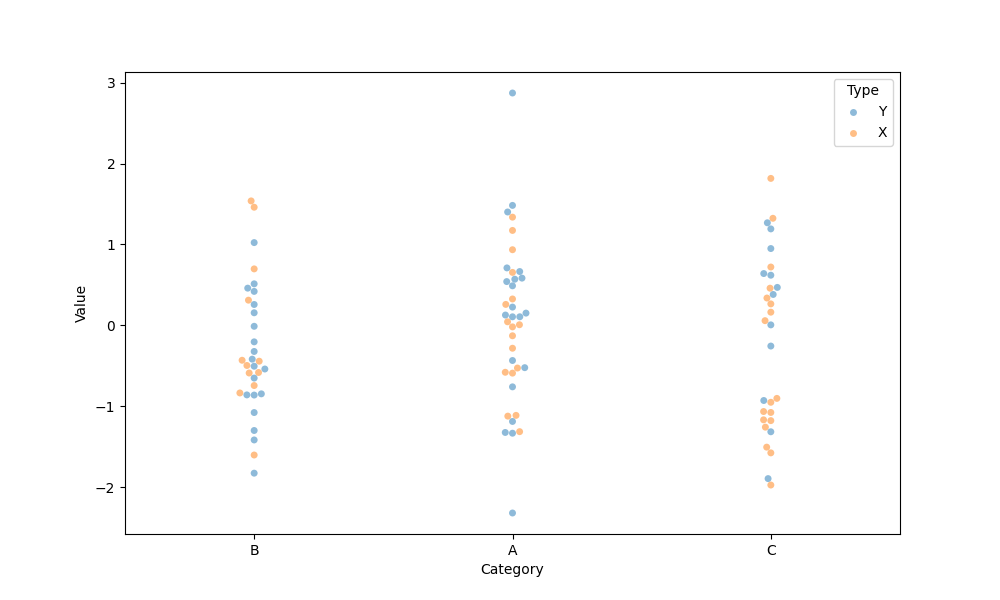
python, seaborn, swarmplot, dodge=False, alpha=0.5, size=5